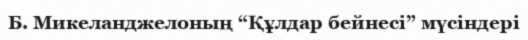
Б. Микеланджелоның “Құлдар бейнесі” мүсіндері